Indian journal of veterinary science and animal husbandry - Volumes 22-23, 1952-1953
Year: 1952
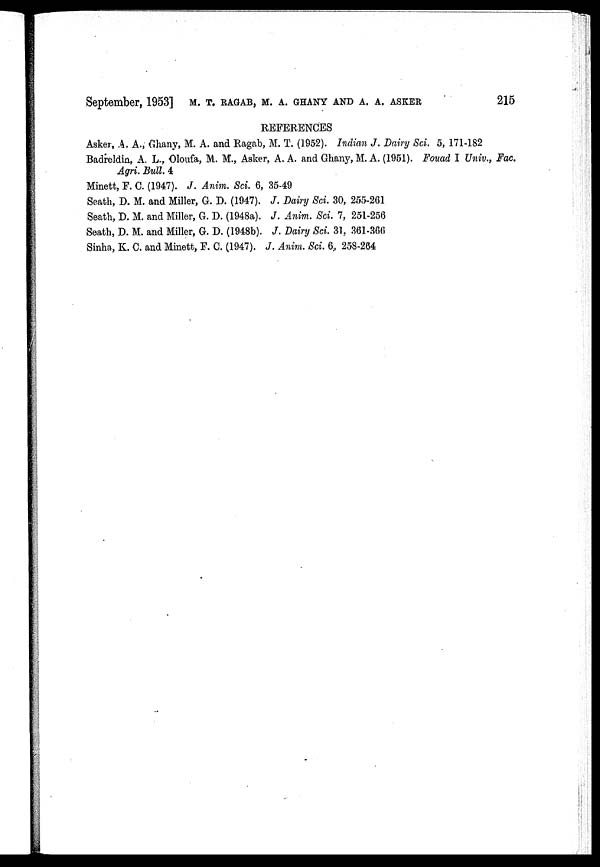
September, 1953] M.T. RAGAB, M.A. GHANY, AND A. A. ASKER 215
REFERENCES
Asker, A. A., Ghany, M. A. and Ragab, M. T. (1952). Indian J. Dairy Sci. 5, 171-182
Badreldin, A. L., Oloufa, M. M., Asker, A. A. and Ghany, M. A. (1951). Fouad I Univ., Fac.
Agri. Bull. 4
Minett, F. C. (1947). J. Anim. Sci. 6, 35-49
Seath, D. M. and Miller, G. D. (1947). J. Dairy Sci. 30, 255-261
Seath, D. M. and Miller, G. D. (1948a). J. Anim. Sci. 7, 251-256
Seath, D. M. and Miller, G. D. (1948b). J. Dairy Sci. 31, 361-366
Sinha, K. C. and Minett, F. C. (1947). J. Anim. Sci. 6 258-264